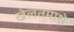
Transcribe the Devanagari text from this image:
खेलतमाशे